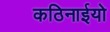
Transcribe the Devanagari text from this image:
कठिनाईयो